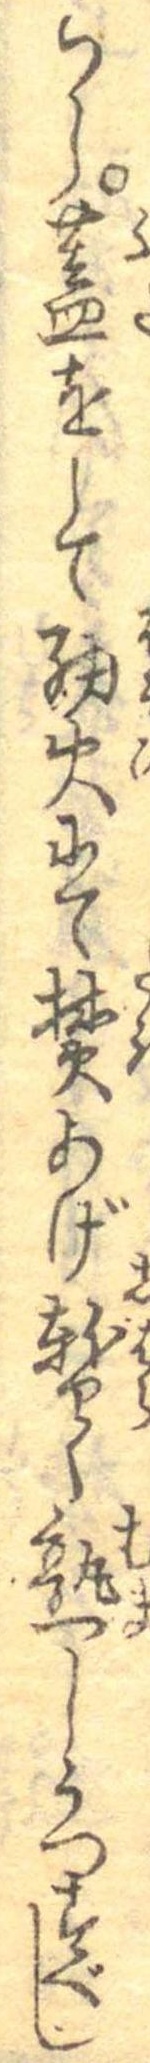
らし蓋をして細火にて焚あげ暫く熟しうつすべし